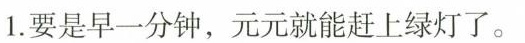
1.要是早一分钟，元元就能赶上绿灯了。